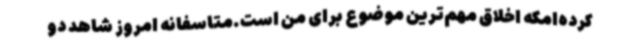
کرده‌امکه اخلاق مهم‌ترین موضوع برای من است.متاسفانه امروز شاهد دو